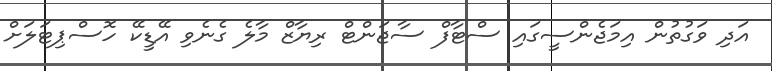
އަދި ވަގުތުން އިމަޖެންސީގައި ސްޓާފް ސާޖަންޓް ރިޔާޒް މާލެ ގެނެވި އޭޑީކޭ ހޮސްޕިޓަލަށް